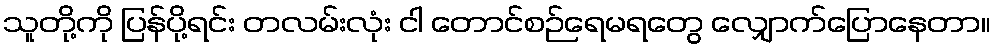
သူတို့ကို ပြန်ပို့ရင်း တလမ်းလုံး ငါ တောင်စဉ်ရေမရတွေ လျှောက်ပြောနေတာ။